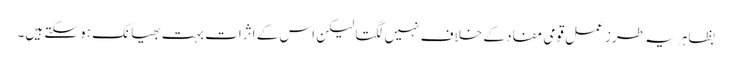
بظاہر یہ طرز عمل قومی مفاد کے خلاف نہیں لگتا لیکن اس کے اثرات بہت بھیانک ہو سکتے ہیں۔